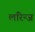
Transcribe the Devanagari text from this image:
लॉरेन्ज